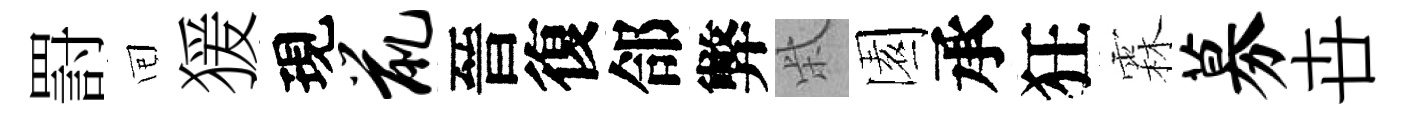
罸囘猨現鼠晉復郃弊柴園承狂霖募卋